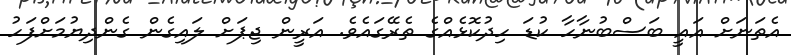
އެތަނަށް އައީ ބަސްބުނާހާ ކުޑަ ހިދުކޮޅެއްގެ ތެރޭގައެވެ. އަރީން ޖިޕަށް ލައިގެން ގެންދިޔުމަށްފަހު